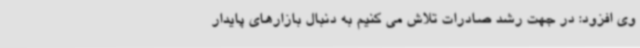
وی افزود: در جهت رشد صادرات تلاش می کنیم به دنبال بازارهای پایدار